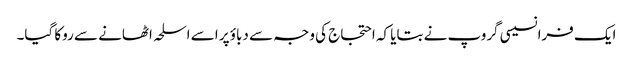
ایک فرانسیسی گروپ نے بتایا کہ احتجاج کی وجہ سے دباؤ پر اسے اسلحہ اٹھانے سے روکا گیا۔